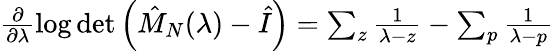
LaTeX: \begin{array}{r}{\frac{\partial}{\partial\lambda}\log\operatorname*{det}\left(\hat{M}_{N}(\lambda)-\hat{I}\right)=\sum_{z}\frac{1}{\lambda-z}-\sum_{p}\frac{1}{\lambda-p}}\end{array}